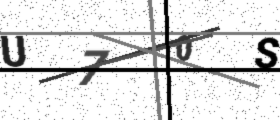
Text: U70S